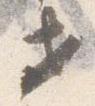
セ